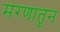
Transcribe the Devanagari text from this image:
मरणातून